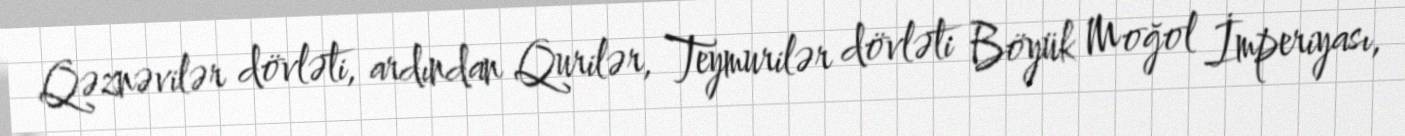
Qəznəvilər dövləti, ardından Qurilər, Teymurilər dövləti Böyük Moğol İmperiyası,